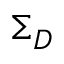
\Sigma _ { D }